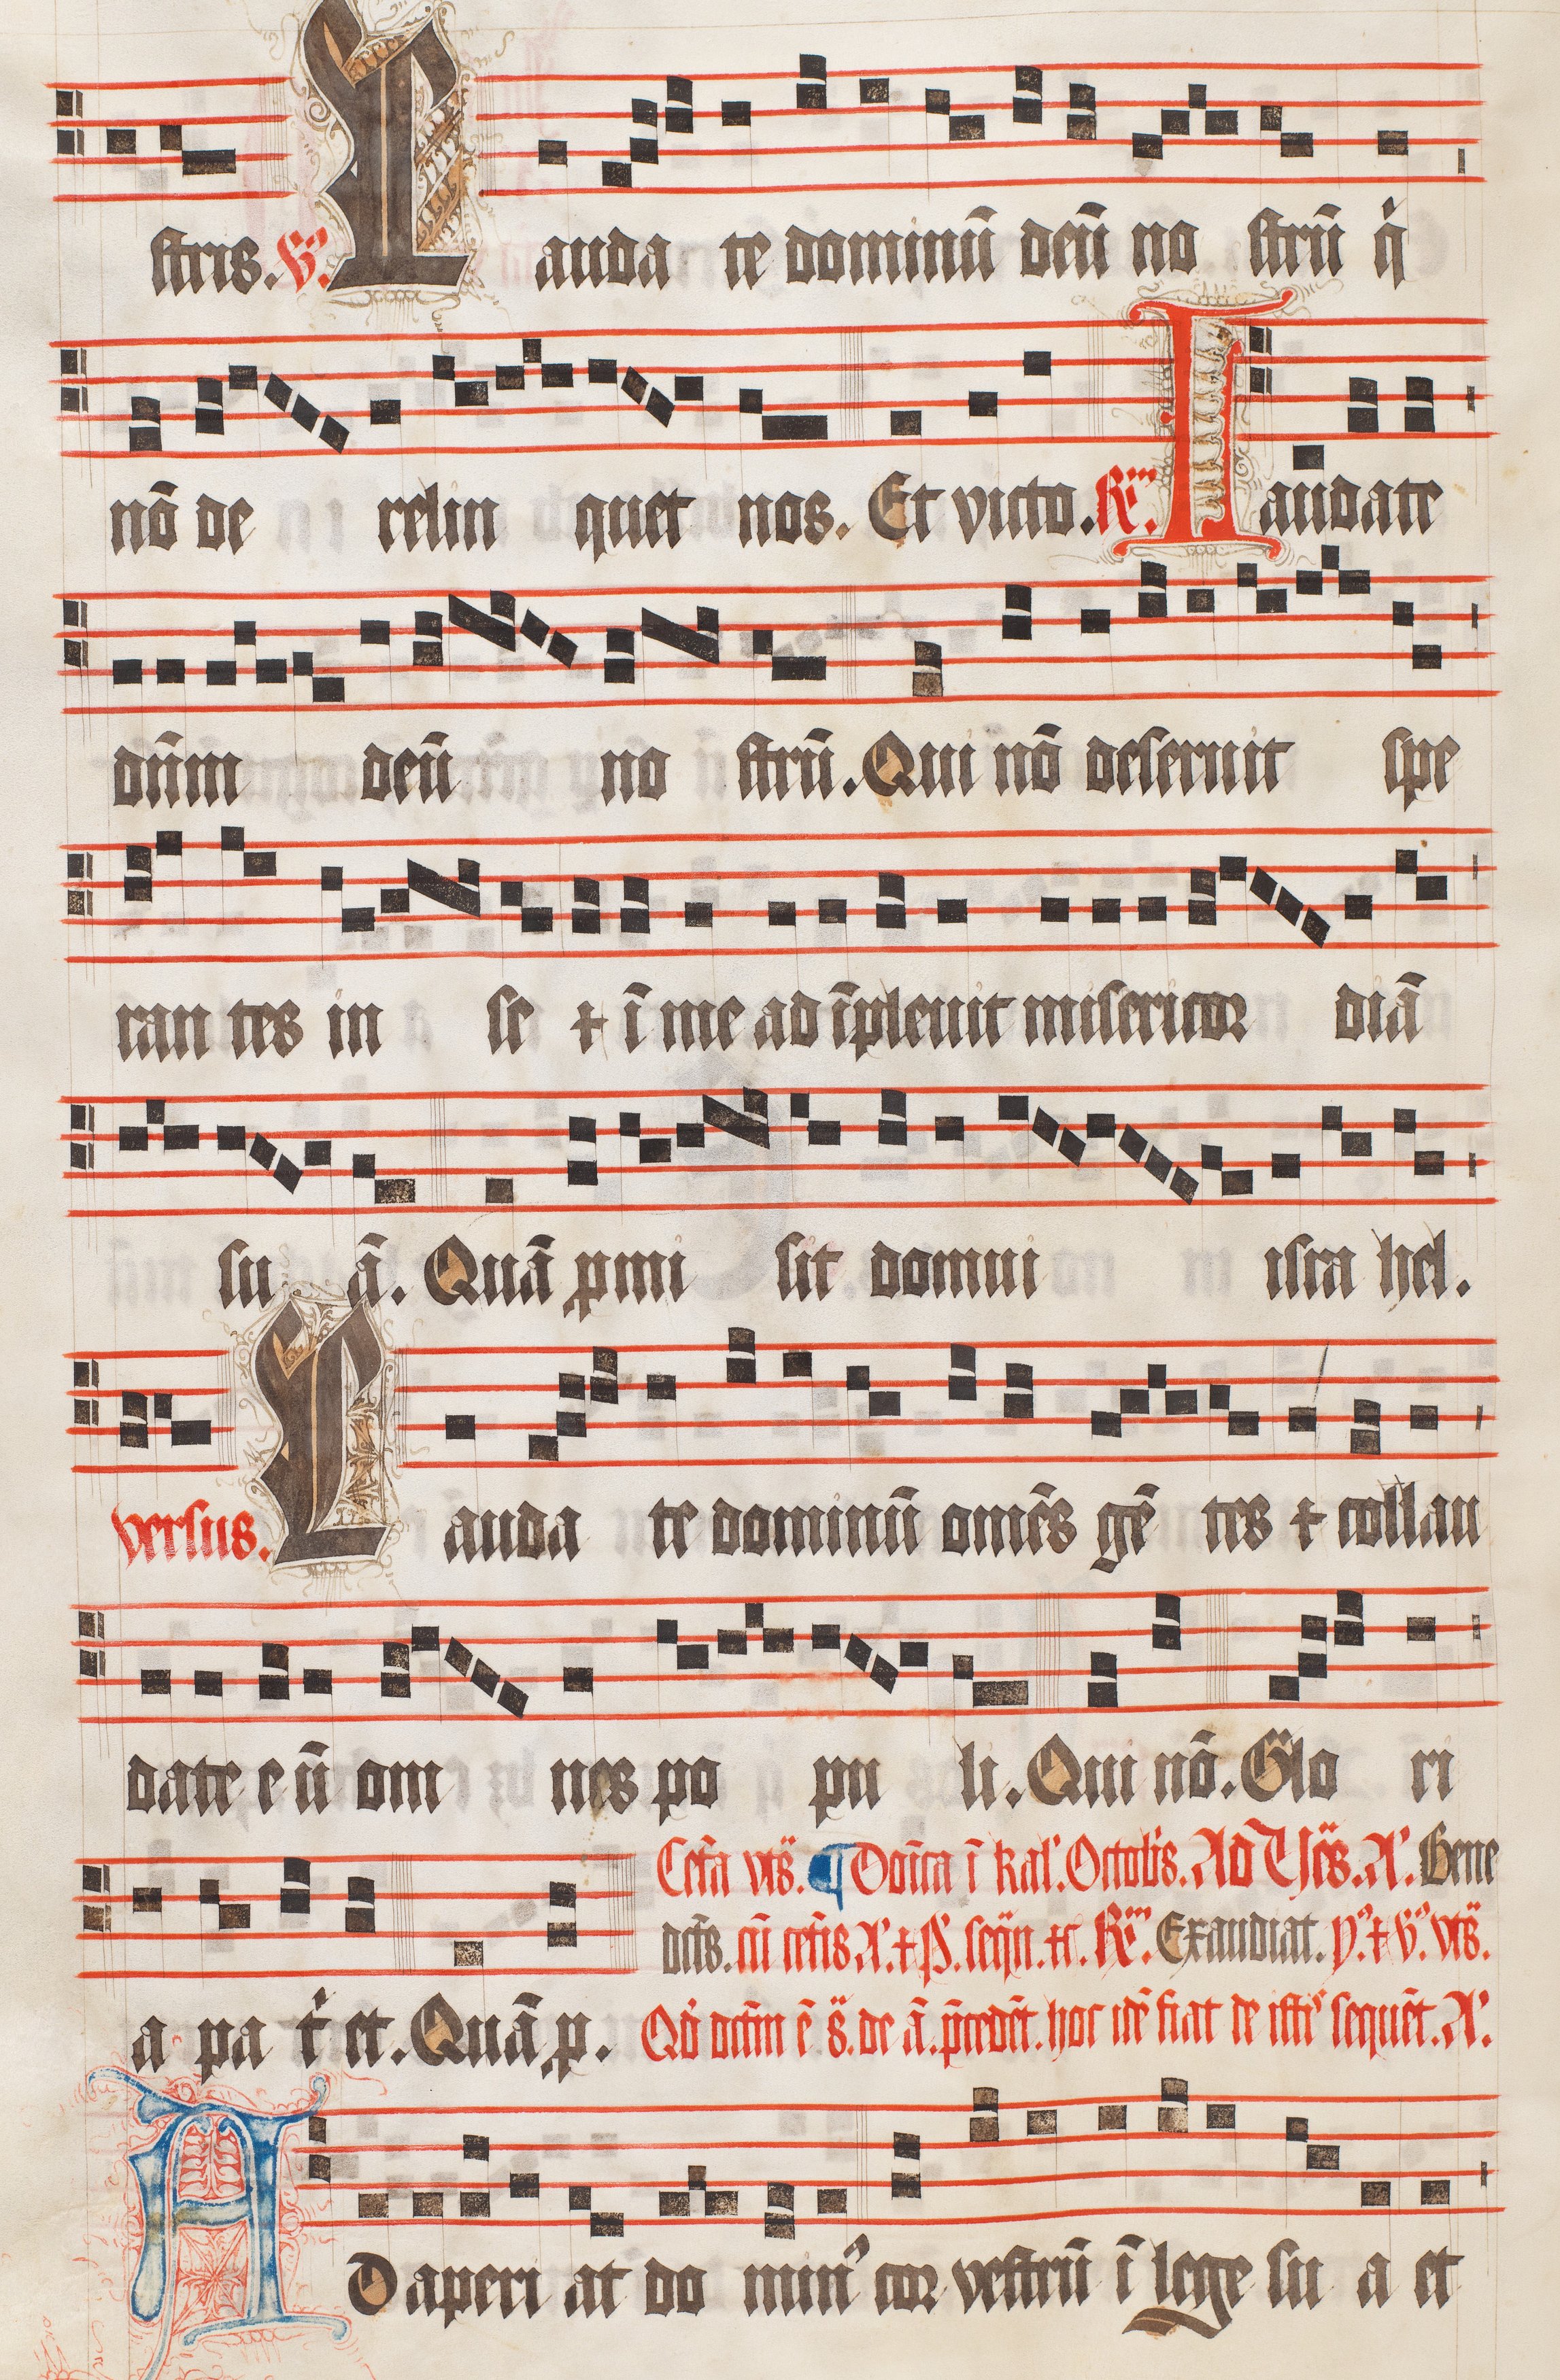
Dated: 1509–1517